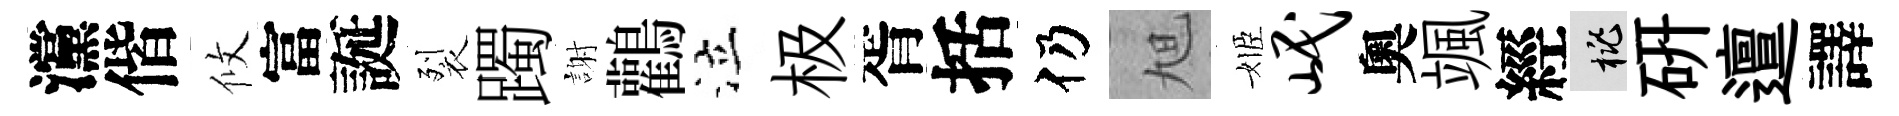
灙偕攸富誕裂躅謝鸛泣极胥括仍旭姬岷奧颯經桃硏邅譯